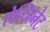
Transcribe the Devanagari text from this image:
ऐल्जिनेट